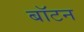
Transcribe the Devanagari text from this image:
बॉटन